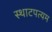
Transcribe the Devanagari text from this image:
स्थाटपत्यम